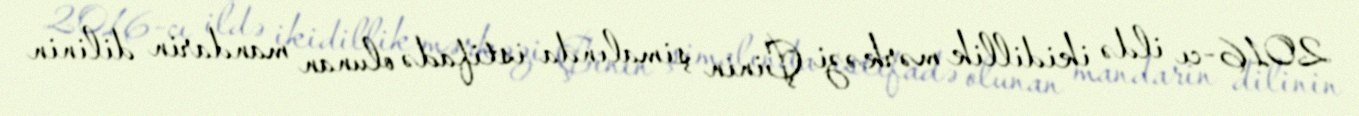
2016-cı ildə ikidillik mərkəzi Çinin şimalında istifadə olunan mandarin dilinin